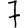
Digit: 7